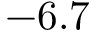
- 6 . 7